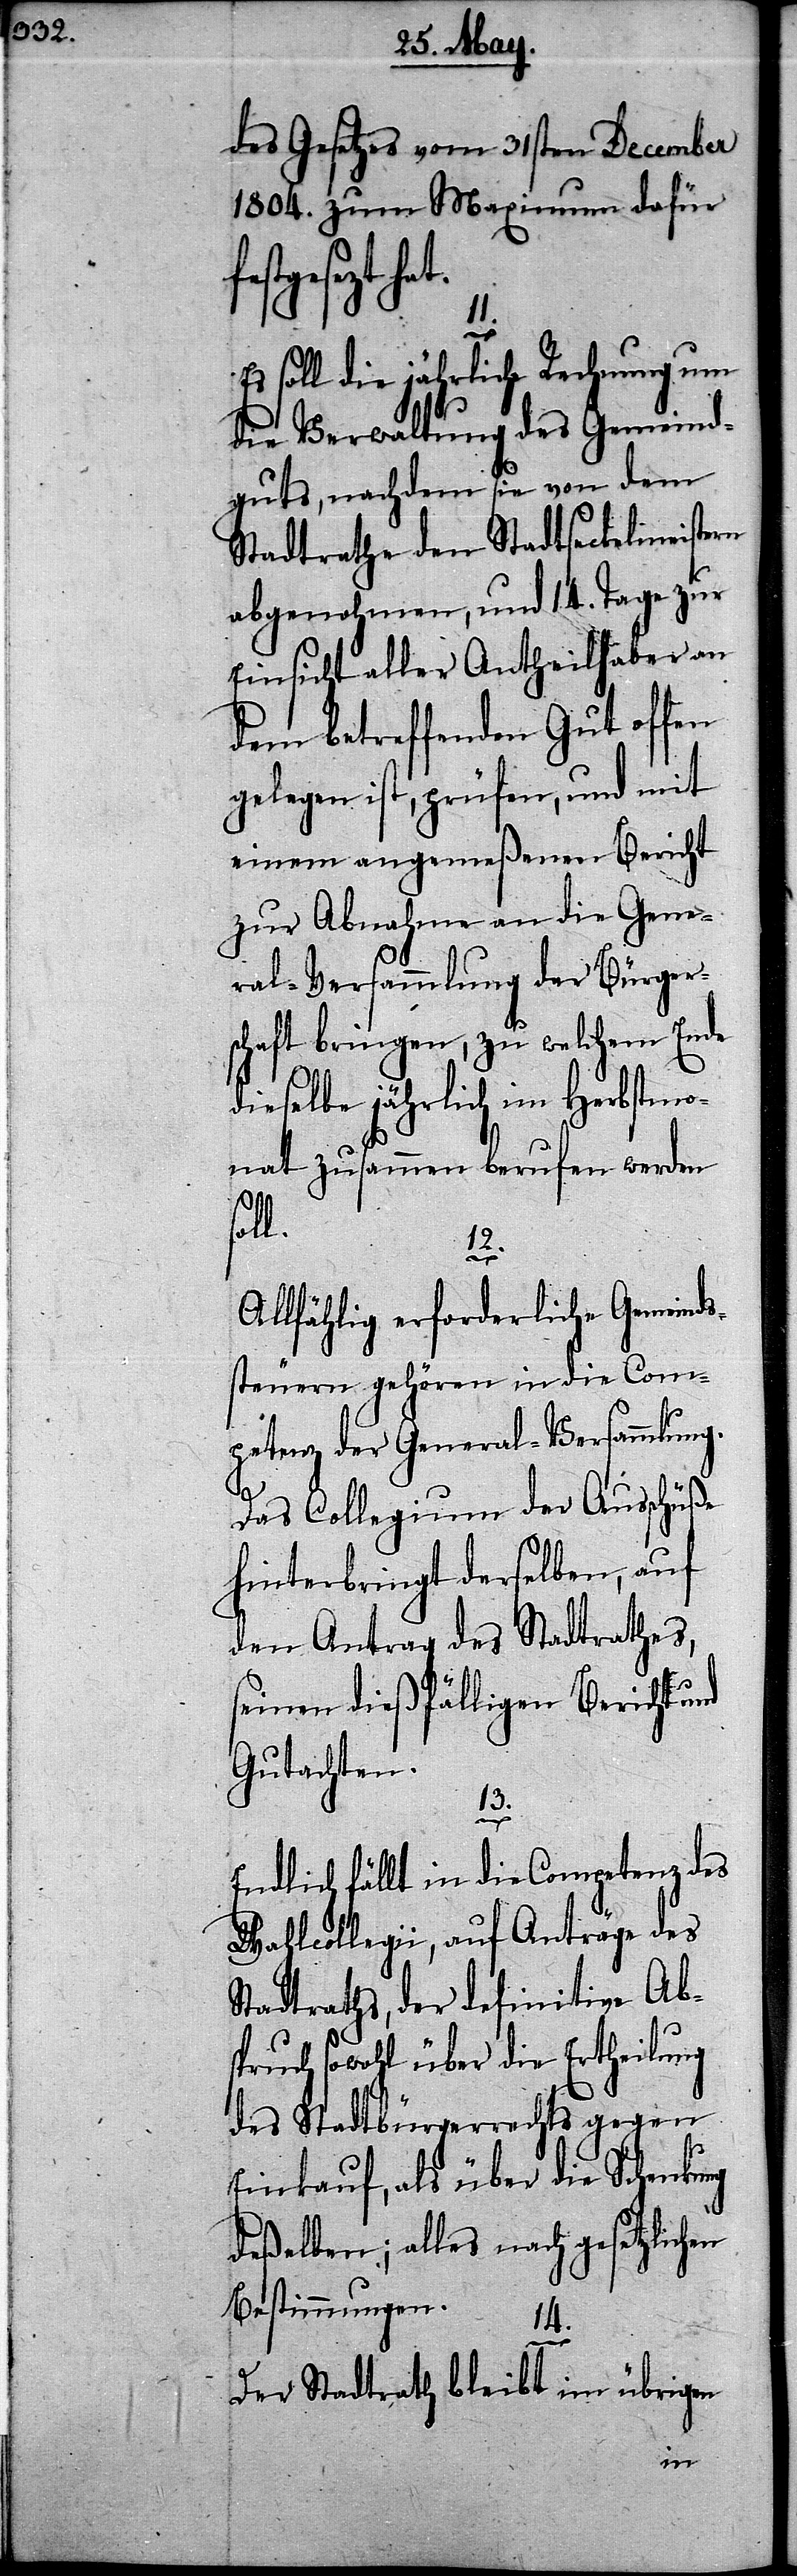
des Gesetzes vom 31sten December
1804. zum Maximum dafür
sezt hat.
11.
Es soll die jährliche Rechnung um
die Verwaltung des Gemeind¬
guts, nachdem sie von dem
Stadtrathe den Stadtseckelmeistern
abgenohmen, und 14. Tage zur
Einsicht aller Antheilhaber an
dem betreffenden Gut offen
gelegen ist, prüfen, und mit
einem angemeßenen Bericht
zur Abnahme an die Gene¬
ral-Versammlung der Bürger¬
schaft bringen, zu welchem Ende
dieselbe jährlich im Herbstmo¬
nat zusammen berufen werden
Stad¬
12.
Allfählig erforderliche Gemeinds¬
steuern gehören in die Com¬
petenz der General-Versammlung.
Das Collegium der Ausschüße
hinterbringt derselben, auf
den Antrag des Stadtrathes,
seinen dießfälligen Bericht und
Gutachten.
13.
Endlich fällt in die Competenz des
Wahlcollegii, auf Anträge des
trathes, der definitive Ab¬
spruch sowohl über die Ertheilung
des Stadtbürgerrechts gegen
Einkauf, als über die Schenkung
deßelben; alles nach gesetzlichen
Bestimmungen.
14.
Der Stadtrath bleibt im übrigen